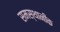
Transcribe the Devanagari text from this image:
समस्थानीक